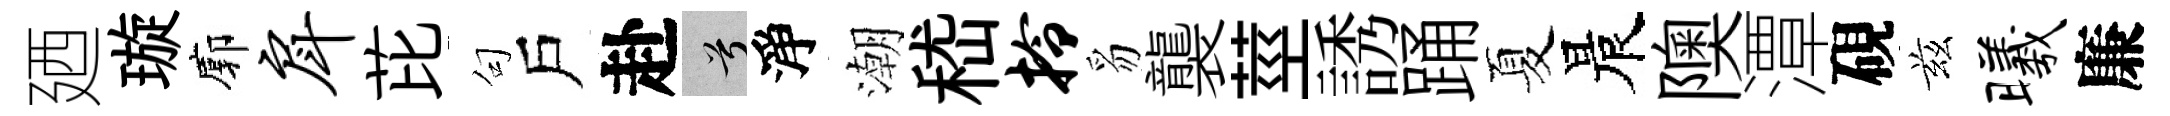
廼璇廓戽芘句戶赴兮淨潮嵇拎豸襲莖誘踊夏晨隩潭硯兹曦廉